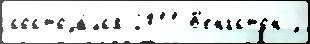
состоjа́лс'я 2011 Б'енгстон j